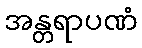
အန္တရာပဏံ